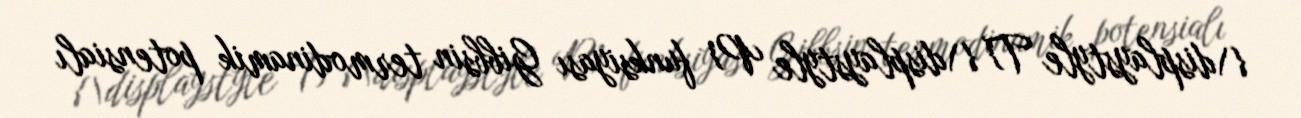
{\displaystyle T} {\displaystyle P} funksiyası Gibbsin termodinamik potensialı